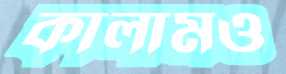
কালামও